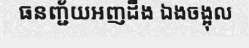
ធនញ្ជ័យអញដឹង ឯងចង្អុល